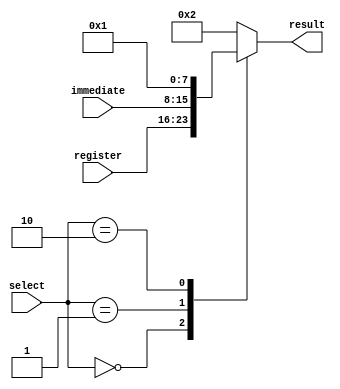
module op2_mux (input [1:0] select, input [7:0] register, immediate,
				output reg [7:0] result);
				
always@(*)
begin
	case (select)
	2'b00: result = register;
	2'b01: result = immediate;
	2'b10: result = 8'b00000001; // constant value 1
	default: result = 8'b00000010; //constant value 2
	endcase	
end

endmodule